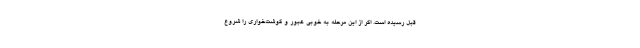
قبل رسیده است. اگر از این مرحله به خوبی عبور و گوشت‌خواری را شروع